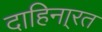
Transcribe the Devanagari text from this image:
दाहिना्रत